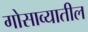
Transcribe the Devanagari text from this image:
गोसाव्यातील